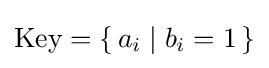
{\text{Key}}=\{\,a_{i}\mid b_{i}=1\,\}